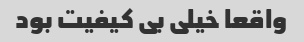
واقعا خیلی بی کیفیت بود